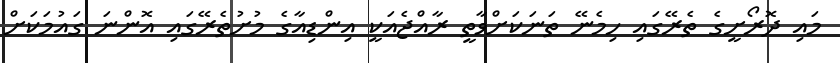
މައި ދޮރޯށީގެ ތެރޭގައި ހިމެނޭ ތަނަކަށްވާތީ ރާއްޖެއަކީ އިންޑިއާގެ މުށުތެރޭގައި އޮންނަ ގައުމަކަށް